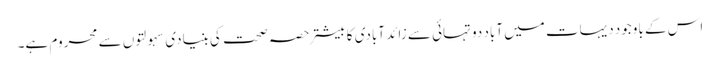
اس کے باوجود دیہات میں آباد دو تہائی سے زائد آبادی کا بیشتر حصہ صحت کی بنیادی سہولتوں سے محروم ہے۔